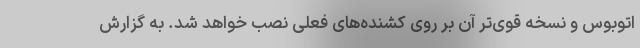
اتوبوس‌ و نسخه قوی‌تر آن بر روی کشنده‌های فعلی نصب خواهد شد. به گزارش